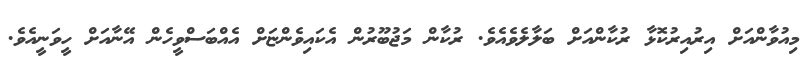
މިއުވާންއަށް އިރުއިރުކޮޅާ ރުކާންއަށް ބަލާލެވެއެވެ. ރުކާން މަޖުބޫރުން އެކައިވެންޏަށް އެއްބަސްވީހެން އޭނާއަށް ހީވަނީއެވެ.